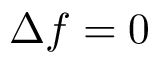
\Delta f = 0